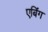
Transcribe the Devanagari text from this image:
एबिंग